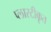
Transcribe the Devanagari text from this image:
प्लास्टीकृत